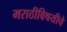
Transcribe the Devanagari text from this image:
मराठीविषयीचे